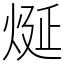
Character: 烻